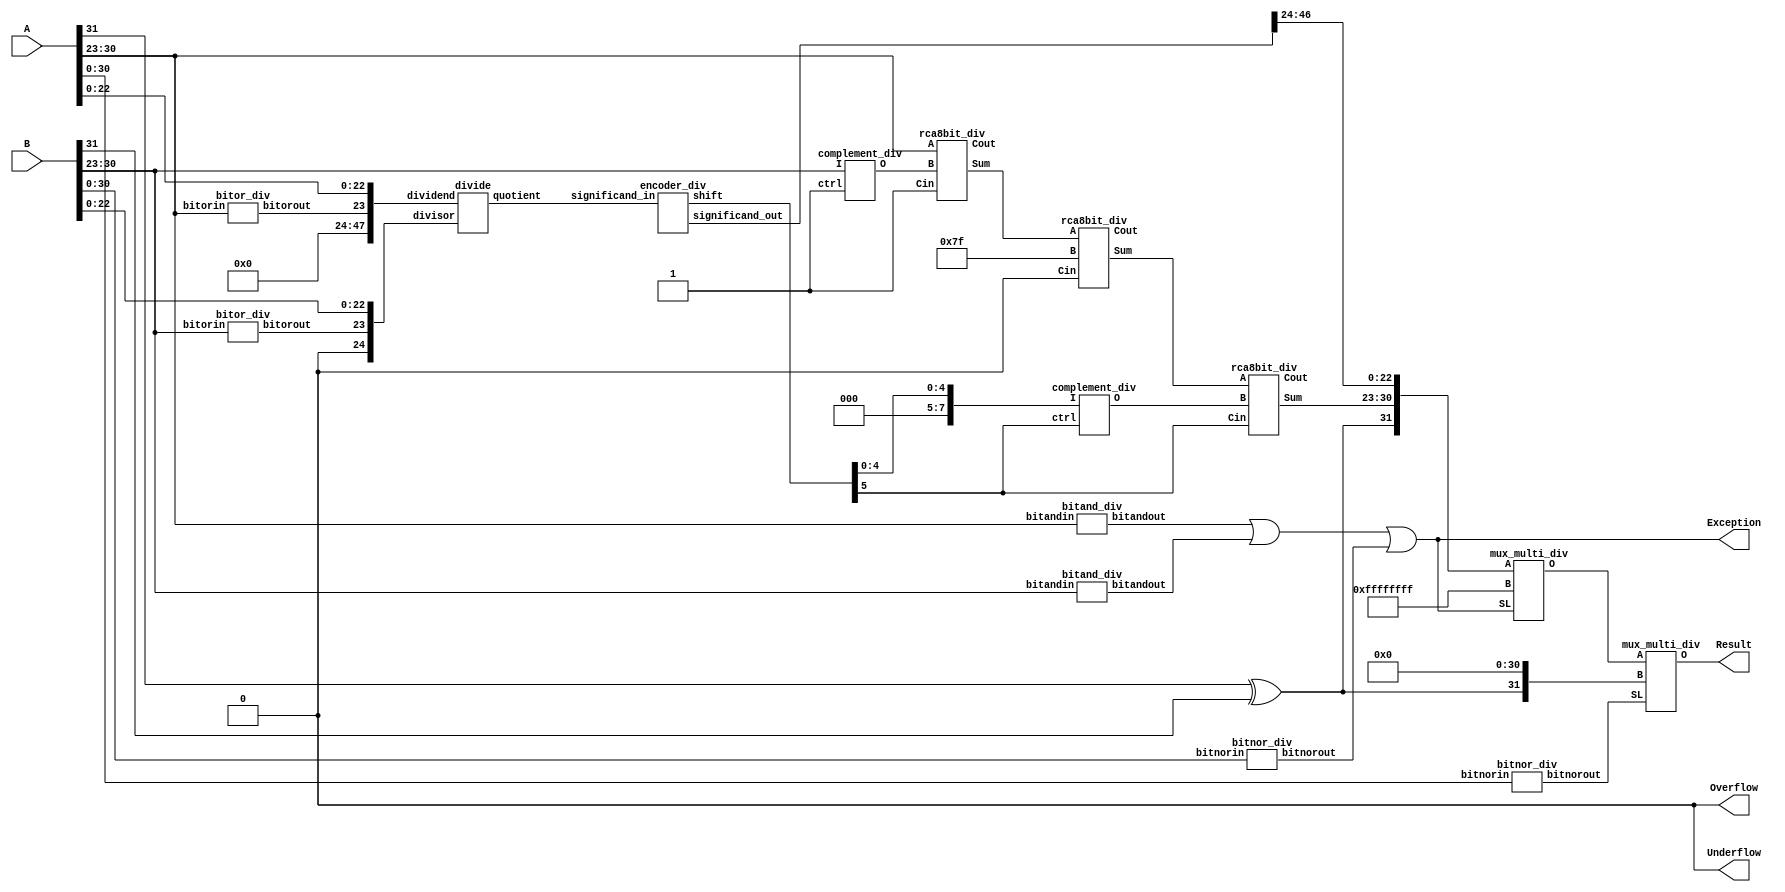
`timescale 1ns / 1ps
//////////////////////////////////////////////////////////////////////////////////
// Company: 
// Engineer: 
// 
// Design Name: 
// Module Name:    div 
// Project Name: 
// Target Devices: 
// Tool versions: 
// Description: 
//
// Dependencies: 
//
// Revision: 
// Revision 0.01 - File Created
// Additional Comments: 
//
//////////////////////////////////////////////////////////////////////////////////

module div(
		input [31:0] A,
		input [31:0] B,
		output Exception,
		output Overflow,
		output Underflow,
		output [31:0] Result
		);
wire result_sign,expo_sign,expo_sign_comp,inc_dec_expo,temp_expo_sign,temp_expo_sign_comp;
wire [7:0]res_expo;
wire [7:0] comp_expo_B,diff,temp_expo,temp_expo_comp,final_res_expo;
wire [4:0]change_expo;
wire [7:0]change_expo_comp;
wire [47:0] div_quotient,div_qoutient_normalised; //48 Bits

not(Overflow,1'b1);
not(Underflow,1'b1);
// Result sign will be xor of sign bit of operands
xor (result_sign,A[31],B[31]);

// Subtracting exponents and adding BIAS
complement_div C01(.I(B[30:23]), .ctrl(1'b1), .O(comp_expo_B[7:0]));
rca8bit_div    C02(.A(A[30:23]), .B(comp_expo_B[7:0]), .Cin(1'b1), .Sum(diff[7:0]), .Cout(expo_sign));
not(expo_sign_comp,expo_sign);
rca8bit_div    C03(.A(diff[7:0]), .B(8'b01111111), .Cin(1'b0), .Sum(res_expo[7:0]), .Cout());

//Exception flag sets 1 if either one of the exponent is 255 or  B is 0.
wire bitandA,bitandB,bitnorB,zero;
bitand_div C04(.bitandin(A[30:23]),.bitandout(bitandA));
bitand_div C05(.bitandin(B[30:23]),.bitandout(bitandB));
bitnor_div C06(.bitnorin(A[30:0]), .bitnorout(zero)   );
bitnor_div C07(.bitnorin(B[30:0]), .bitnorout(bitnorB));
or(Exception,bitandA,bitandB,bitnorB);

//If exponent is equal to zero then hidden bit/implied bit will be 0 for that respective significand else it will be 1
wire bitorA,bitorB;
bitor_div  C08(.bitorin(A[30:23]),.bitorout(bitorA));
bitor_div  C09(.bitorin(B[30:23]),.bitorout(bitorB));

// Calculating DIVISION ***************************************************************************************************************
// Add divisord no. of zeros in front of dividend and add one zero in front of divisor
divide C10(.dividend({24'd0,bitorA,A[22:0]}), .divisor({1'b0,bitorB,B[22:0]}), .quotient(div_quotient[47:0]));
// Shifting of quotient for implied bit
encoder_div C11(.significand_in(div_quotient[47:0]), .shift({inc_dec_expo,change_expo[4:0]}), .significand_out(div_qoutient_normalised[47:0]));
// Add or subtract the shift from exponent to get Result exponent
complement_div C12(.I({3'd0,change_expo[4:0]}), .ctrl(inc_dec_expo), .O(change_expo_comp[7:0]));
rca8bit_div    C13(.A(res_expo[7:0]), .B(change_expo_comp[7:0]), .Cin(inc_dec_expo), .Sum(final_res_expo[7:0]), .Cout(temp_expo_sign));

//not(temp_expo_sign_comp,temp_expo_sign);
//complement C14(.I(temp_expo[7:0]), .ctrl(temp_expo_sign_comp), .O(temp_expo_comp[7:0]));
//rca8bit    C15(.A(temp_expo_comp[7:0]), .B(8'd0), .Cin(temp_expo_sign_comp), .Sum(final_res_expo[7:0]), .Cout());

// Multiplexer to choose specific outputs for specific conditions
wire [31:0]ripple_result_1;
mux_multi_div C16( .A({result_sign,final_res_expo[7:0],div_qoutient_normalised[46:24]}), .B(32'hFFFFFFFF),       .SL(Exception),    .O(ripple_result_1[31:0]));
mux_multi_div C17( .A(ripple_result_1[31:0]),                 .B({result_sign,31'd0}), .SL(zero),         .O(Result[31:0]));

endmodule

// division module
module  divide(
	input [47:0]dividend,
	input [24:0]divisor,
	output [47:0]quotient
	 );
wire [23:0]next01,next02,next03,next04,next05,next06,next07,next08,next09,next10,next11,next12,next13,next14,next15,next16,next17,next18,next19,next20,next21,next22,next23,next24;
wire [23:0]next25,next26,next27,next28,next29,next30,next31,next32,next33,next34,next35,next36,next37,next38,next39,next40,next41,next42,next43,next44,next45,next46,next47;
	// take 25 bits from dividend, try to subtract divisor (using 2's complement)
        // if carry is zero => unable to subtract and quotient is 0
	// if carry is 1 => subtracted successfully and quotient is 1
        // in next step move one bit forward do the same thing again and again
procedure P01(.dividend_part(dividend[47:23]),             .divisor_part(divisor[24:0]), .sub_part(next01[23:0]), .q(quotient[47]));
procedure P02(.dividend_part({next01[23:0],dividend[22]}), .divisor_part(divisor[24:0]), .sub_part(next02[23:0]), .q(quotient[46]));
procedure P03(.dividend_part({next02[23:0],dividend[21]}), .divisor_part(divisor[24:0]), .sub_part(next03[23:0]), .q(quotient[45]));
procedure P04(.dividend_part({next03[23:0],dividend[20]}), .divisor_part(divisor[24:0]), .sub_part(next04[23:0]), .q(quotient[44]));
procedure P05(.dividend_part({next04[23:0],dividend[19]}), .divisor_part(divisor[24:0]), .sub_part(next05[23:0]), .q(quotient[43]));
procedure P06(.dividend_part({next05[23:0],dividend[18]}), .divisor_part(divisor[24:0]), .sub_part(next06[23:0]), .q(quotient[42]));
procedure P07(.dividend_part({next06[23:0],dividend[17]}), .divisor_part(divisor[24:0]), .sub_part(next07[23:0]), .q(quotient[41]));
procedure P08(.dividend_part({next07[23:0],dividend[16]}), .divisor_part(divisor[24:0]), .sub_part(next08[23:0]), .q(quotient[40]));
procedure P09(.dividend_part({next08[23:0],dividend[15]}), .divisor_part(divisor[24:0]), .sub_part(next09[23:0]), .q(quotient[39]));
procedure P10(.dividend_part({next09[23:0],dividend[14]}), .divisor_part(divisor[24:0]), .sub_part(next10[23:0]), .q(quotient[38]));
procedure P11(.dividend_part({next10[23:0],dividend[13]}), .divisor_part(divisor[24:0]), .sub_part(next11[23:0]), .q(quotient[37]));
procedure P12(.dividend_part({next11[23:0],dividend[12]}), .divisor_part(divisor[24:0]), .sub_part(next12[23:0]), .q(quotient[36]));
procedure P13(.dividend_part({next12[23:0],dividend[11]}), .divisor_part(divisor[24:0]), .sub_part(next13[23:0]), .q(quotient[35]));
procedure P14(.dividend_part({next13[23:0],dividend[10]}), .divisor_part(divisor[24:0]), .sub_part(next14[23:0]), .q(quotient[34]));
procedure P15(.dividend_part({next14[23:0],dividend[9]}),  .divisor_part(divisor[24:0]), .sub_part(next15[23:0]), .q(quotient[33]));
procedure P16(.dividend_part({next15[23:0],dividend[8]}),  .divisor_part(divisor[24:0]), .sub_part(next16[23:0]), .q(quotient[32]));
procedure P17(.dividend_part({next16[23:0],dividend[7]}),  .divisor_part(divisor[24:0]), .sub_part(next17[23:0]), .q(quotient[31]));
procedure P18(.dividend_part({next17[23:0],dividend[6]}),  .divisor_part(divisor[24:0]), .sub_part(next18[23:0]), .q(quotient[30]));
procedure P19(.dividend_part({next18[23:0],dividend[5]}),  .divisor_part(divisor[24:0]), .sub_part(next19[23:0]), .q(quotient[29]));
procedure P20(.dividend_part({next19[23:0],dividend[4]}),  .divisor_part(divisor[24:0]), .sub_part(next20[23:0]), .q(quotient[28]));
procedure P21(.dividend_part({next20[23:0],dividend[3]}),  .divisor_part(divisor[24:0]), .sub_part(next21[23:0]), .q(quotient[27]));
procedure P22(.dividend_part({next21[23:0],dividend[2]}),  .divisor_part(divisor[24:0]), .sub_part(next22[23:0]), .q(quotient[26]));
procedure P23(.dividend_part({next22[23:0],dividend[1]}),  .divisor_part(divisor[24:0]), .sub_part(next23[23:0]), .q(quotient[25]));
procedure P24(.dividend_part({next23[23:0],dividend[0]}),  .divisor_part(divisor[24:0]), .sub_part(next24[23:0]), .q(quotient[24]));
// decimal point position
procedure P25(.dividend_part({next24[23:0],1'b0}),         .divisor_part(divisor[24:0]), .sub_part(next25[23:0]), .q(quotient[23]));
procedure P26(.dividend_part({next25[23:0],1'b0}),         .divisor_part(divisor[24:0]), .sub_part(next26[23:0]), .q(quotient[22]));
procedure P27(.dividend_part({next26[23:0],1'b0}),         .divisor_part(divisor[24:0]), .sub_part(next27[23:0]), .q(quotient[21]));
procedure P28(.dividend_part({next27[23:0],1'b0}),         .divisor_part(divisor[24:0]), .sub_part(next28[23:0]), .q(quotient[20]));
procedure P29(.dividend_part({next28[23:0],1'b0}),         .divisor_part(divisor[24:0]), .sub_part(next29[23:0]), .q(quotient[19]));
procedure P30(.dividend_part({next29[23:0],1'b0}),         .divisor_part(divisor[24:0]), .sub_part(next30[23:0]), .q(quotient[18]));
procedure P31(.dividend_part({next30[23:0],1'b0}),         .divisor_part(divisor[24:0]), .sub_part(next31[23:0]), .q(quotient[17]));
procedure P32(.dividend_part({next31[23:0],1'b0}),         .divisor_part(divisor[24:0]), .sub_part(next32[23:0]), .q(quotient[16]));
procedure P33(.dividend_part({next32[23:0],1'b0}),         .divisor_part(divisor[24:0]), .sub_part(next33[23:0]), .q(quotient[15]));
procedure P34(.dividend_part({next33[23:0],1'b0}),         .divisor_part(divisor[24:0]), .sub_part(next34[23:0]), .q(quotient[14]));
procedure P35(.dividend_part({next34[23:0],1'b0}),         .divisor_part(divisor[24:0]), .sub_part(next35[23:0]), .q(quotient[13]));
procedure P36(.dividend_part({next35[23:0],1'b0}),         .divisor_part(divisor[24:0]), .sub_part(next36[23:0]), .q(quotient[12]));
procedure P37(.dividend_part({next36[23:0],1'b0}),         .divisor_part(divisor[24:0]), .sub_part(next37[23:0]), .q(quotient[11]));
procedure P38(.dividend_part({next37[23:0],1'b0}),         .divisor_part(divisor[24:0]), .sub_part(next38[23:0]), .q(quotient[10]));
procedure P39(.dividend_part({next38[23:0],1'b0}),         .divisor_part(divisor[24:0]), .sub_part(next39[23:0]), .q(quotient[9]) );
procedure P40(.dividend_part({next39[23:0],1'b0}),         .divisor_part(divisor[24:0]), .sub_part(next40[23:0]), .q(quotient[8]) );
procedure P41(.dividend_part({next40[23:0],1'b0}),         .divisor_part(divisor[24:0]), .sub_part(next41[23:0]), .q(quotient[7]) );
procedure P42(.dividend_part({next41[23:0],1'b0}),         .divisor_part(divisor[24:0]), .sub_part(next42[23:0]), .q(quotient[6]) );
procedure P43(.dividend_part({next42[23:0],1'b0}),         .divisor_part(divisor[24:0]), .sub_part(next43[23:0]), .q(quotient[5]) );
procedure P44(.dividend_part({next43[23:0],1'b0}),         .divisor_part(divisor[24:0]), .sub_part(next44[23:0]), .q(quotient[4]) );
procedure P45(.dividend_part({next44[23:0],1'b0}),         .divisor_part(divisor[24:0]), .sub_part(next45[23:0]), .q(quotient[3]) );
procedure P46(.dividend_part({next45[23:0],1'b0}),         .divisor_part(divisor[24:0]), .sub_part(next46[23:0]), .q(quotient[2]) );
procedure P47(.dividend_part({next46[23:0],1'b0}),         .divisor_part(divisor[24:0]), .sub_part(next47[23:0]), .q(quotient[1]) );
procedure P48(.dividend_part({next47[23:0],1'b0}),         .divisor_part(divisor[24:0]), .sub_part(            ), .q(quotient[0]) );

endmodule //divide

module procedure(
	input [24:0]dividend_part,
	input [24:0]divisor_part,
	output [23:0]sub_part, // subtraction dividend_part - divisor_part
	output q
	 );
wire [24:0]comp_division_part,difference;
wire [7:0]no_use;
// we have to subtract the divisor from dividend part using 25bit adder
// Here we are using 2's complement method for subtraction so
// if carry is zero, means unable to subtract and unable to divide, hence give zero to quotient
// if carry is zero, means subtraction result is positive and hence add give to quotient
complement_div  comp1     (.I(divisor_part[24:17]), .ctrl(1'b1), .O(comp_division_part[24:17]));
complement_div  comp2     (.I(divisor_part[16:9]),  .ctrl(1'b1), .O(comp_division_part[16:9]) );
complement_div  comp3     (.I(divisor_part[8:1]),   .ctrl(1'b1), .O(comp_division_part[8:1])  );
not(comp_division_part[0],divisor_part[0]);

rca25bit    rca251    (.A(dividend_part[24:0]), .B(comp_division_part[24:0]), .Cin(1'b1), .Sum(difference[24:0]), .Cout(q));
mux_multi_div   multi_mux (.A({8'd0,dividend_part[23:0]}), .B({8'd0,difference[23:0]}), .SL(q), .O({no_use[7:0],sub_part[23:0]}));
endmodule //procedure

// encoder module is used for shifting purpose
module encoder_div(
     input  [47:0]significand_in,
     output reg [5:0]shift, // 6th bit is for sign, whether left shift or right shift
     output reg [47:0]significand_out
     );

always @(significand_in)
begin
	casex (significand_in)

	 //         6         5         4        .3         2         1
         //         8765 4321 8765 4321 8765 4321 8765 4321 8765 4321 8765 4321 
		48'b1xxx_xxxx_xxxx_xxxx_xxxx_xxxx_xxxx_xxxx_xxxx_xxxx_xxxx_xxxx : 
		begin
			significand_out = significand_in << 0;
			shift = 6'b010111; // right shift and hence added to exponent
		end
		48'b01xx_xxxx_xxxx_xxxx_xxxx_xxxx_xxxx_xxxx_xxxx_xxxx_xxxx_xxxx : 
		begin
			significand_out = significand_in << 1;
			shift = 6'b010110;
		end
		48'b001x_xxxx_xxxx_xxxx_xxxx_xxxx_xxxx_xxxx_xxxx_xxxx_xxxx_xxxx : 
		begin
			significand_out = significand_in << 2;
			shift = 6'b010101;
		end
		48'b0001_xxxx_xxxx_xxxx_xxxx_xxxx_xxxx_xxxx_xxxx_xxxx_xxxx_xxxx : 
		begin
			significand_out = significand_in << 3;
			shift = 6'b010100;
		end
		48'b0000_1xxx_xxxx_xxxx_xxxx_xxxx_xxxx_xxxx_xxxx_xxxx_xxxx_xxxx : 
		begin
			significand_out = significand_in << 4;
			shift = 6'b010011;
		end
		48'b0000_01xx_xxxx_xxxx_xxxx_xxxx_xxxx_xxxx_xxxx_xxxx_xxxx_xxxx : 
		begin
			significand_out = significand_in << 5;
			shift = 6'b010010;
		end
		48'b0000_001x_xxxx_xxxx_xxxx_xxxx_xxxx_xxxx_xxxx_xxxx_xxxx_xxxx : 
		begin
			significand_out = significand_in << 6;
			shift = 6'b010001;
		end
		48'b0000_0001_xxxx_xxxx_xxxx_xxxx_xxxx_xxxx_xxxx_xxxx_xxxx_xxxx : 
		begin
			significand_out = significand_in << 7;
			shift = 6'b010000;
		end
		48'b0000_0000_1xxx_xxxx_xxxx_xxxx_xxxx_xxxx_xxxx_xxxx_xxxx_xxxx : 
		begin
			significand_out = significand_in << 8;
			shift = 6'b001111;
		end
		48'b0000_0000_01xx_xxxx_xxxx_xxxx_xxxx_xxxx_xxxx_xxxx_xxxx_xxxx : 
		begin
			significand_out = significand_in << 9;
			shift = 6'b001110;
		end
		48'b0000_0000_001x_xxxx_xxxx_xxxx_xxxx_xxxx_xxxx_xxxx_xxxx_xxxx : 
		begin
			significand_out = significand_in << 10;
			shift = 6'b001101;
		end
		48'b0000_0000_0001_xxxx_xxxx_xxxx_xxxx_xxxx_xxxx_xxxx_xxxx_xxxx : 
		begin
			significand_out = significand_in << 11;
			shift = 6'b001100;
		end
		48'b0000_0000_0000_1xxx_xxxx_xxxx_xxxx_xxxx_xxxx_xxxx_xxxx_xxxx : 
		begin
			significand_out = significand_in << 12;
			shift = 6'b001011;
		end
		48'b0000_0000_0000_01xx_xxxx_xxxx_xxxx_xxxx_xxxx_xxxx_xxxx_xxxx : 
		begin
			significand_out = significand_in << 13;
			shift = 6'b001010;
		end
		48'b0000_0000_0000_001x_xxxx_xxxx_xxxx_xxxx_xxxx_xxxx_xxxx_xxxx : 
		begin
			significand_out = significand_in << 14;
			shift = 6'b001001;
		end
		48'b0000_0000_0000_0001_xxxx_xxxx_xxxx_xxxx_xxxx_xxxx_xxxx_xxxx : 
		begin
			significand_out = significand_in << 15;
			shift = 6'b001000;
		end
		48'b0000_0000_0000_0000_1xxx_xxxx_xxxx_xxxx_xxxx_xxxx_xxxx_xxxx : 
		begin
			significand_out = significand_in << 16;
			shift = 6'b000111;
		end
		48'b0000_0000_0000_0000_01xx_xxxx_xxxx_xxxx_xxxx_xxxx_xxxx_xxxx : 
		begin
			significand_out = significand_in << 17;
			shift = 6'b000110;
		end
		48'b0000_0000_0000_0000_001x_xxxx_xxxx_xxxx_xxxx_xxxx_xxxx_xxxx : 
		begin
			significand_out = significand_in << 18;
			shift = 6'b000101;
		end
		48'b0000_0000_0000_0000_0001_xxxx_xxxx_xxxx_xxxx_xxxx_xxxx_xxxx : 
		begin
			significand_out = significand_in << 19;
			shift = 6'b000100;
		end
		48'b0000_0000_0000_0000_0000_1xxx_xxxx_xxxx_xxxx_xxxx_xxxx_xxxx : 
		begin
			significand_out = significand_in << 20;
			shift = 6'b000011;
		end
		48'b0000_0000_0000_0000_0000_01xx_xxxx_xxxx_xxxx_xxxx_xxxx_xxxx : 
		begin
			significand_out = significand_in << 21;
			shift = 6'b000010;
		end
		48'b0000_0000_0000_0000_0000_001x_xxxx_xxxx_xxxx_xxxx_xxxx_xxxx : 
		begin
			significand_out = significand_in << 22;
			shift = 6'b000001;
		end
		48'b0000_0000_0000_0000_0000_0001_xxxx_xxxx_xxxx_xxxx_xxxx_xxxx : 
		begin
			significand_out = significand_in << 23;
			shift = 6'b000000;
		end
		48'b0000_0000_0000_0000_0000_0000_1xxx_xxxx_xxxx_xxxx_xxxx_xxxx : 
		begin
			significand_out = significand_in << 24;
			shift = 6'b100001; // Left shift and hence subtracted from exponent
		end
		48'b0000_0000_0000_0000_0000_0000_01xx_xxxx_xxxx_xxxx_xxxx_xxxx : 
		begin
			significand_out = significand_in << 25;
			shift = 6'b100010;
		end
		48'b0000_0000_0000_0000_0000_0000_001x_xxxx_xxxx_xxxx_xxxx_xxxx : 
		begin
			significand_out = significand_in << 26;
			shift = 6'b100011;
		end
		48'b0000_0000_0000_0000_0000_0000_0001_xxxx_xxxx_xxxx_xxxx_xxxx : 
		begin
			significand_out = significand_in << 27;
			shift = 6'b100100;
		end
		48'b0000_0000_0000_0000_0000_0000_0000_1xxx_xxxx_xxxx_xxxx_xxxx : 
		begin
			significand_out = significand_in << 28;
			shift = 6'b100101;
		end
		48'b0000_0000_0000_0000_0000_0000_0000_01xx_xxxx_xxxx_xxxx_xxxx : 
		begin
			significand_out = significand_in << 29;
			shift = 6'b100110;
		end
		48'b0000_0000_0000_0000_0000_0000_0000_001x_xxxx_xxxx_xxxx_xxxx : 
		begin
			significand_out = significand_in << 30;
			shift = 6'b100111;
		end
		48'b0000_0000_0000_0000_0000_0000_0000_0001_xxxx_xxxx_xxxx_xxxx : 
		begin
			significand_out = significand_in << 31;
			shift = 6'b101000;
		end
		48'b0000_0000_0000_0000_0000_0000_0000_0000_1xxx_xxxx_xxxx_xxxx : 
		begin
			significand_out = significand_in << 32;
			shift = 6'b101001;
		end
		48'b0000_0000_0000_0000_0000_0000_0000_0000_01xx_xxxx_xxxx_xxxx : 
		begin
			significand_out = significand_in << 33;
			shift = 6'b101010;
		end
		48'b0000_0000_0000_0000_0000_0000_0000_0000_001x_xxxx_xxxx_xxxx : 
		begin
			significand_out = significand_in << 34;
			shift = 6'b101011;
		end
		48'b0000_0000_0000_0000_0000_0000_0000_0000_0001_xxxx_xxxx_xxxx : 
		begin
			significand_out = significand_in << 35;
			shift = 6'b101100;
		end
		48'b0000_0000_0000_0000_0000_0000_0000_0000_0000_1xxx_xxxx_xxxx : 
		begin
			significand_out = significand_in << 36;
			shift = 6'b101101;
		end
		48'b0000_0000_0000_0000_0000_0000_0000_0000_0000_01xx_xxxx_xxxx : 
		begin
			significand_out = significand_in << 37;
			shift = 6'b101110;
		end
		48'b0000_0000_0000_0000_0000_0000_0000_0000_0000_001x_xxxx_xxxx : 
		begin
			significand_out = significand_in << 38;
			shift = 6'b101111;
		end
		48'b0000_0000_0000_0000_0000_0000_0000_0000_0000_0001_xxxx_xxxx : 
		begin
			significand_out = significand_in << 39;
			shift = 6'b110000;
		end
		48'b0000_0000_0000_0000_0000_0000_0000_0000_0000_0000_1xxx_xxxx : 
		begin
			significand_out = significand_in << 40;
			shift = 6'b110001;
		end
		48'b0000_0000_0000_0000_0000_0000_0000_0000_0000_0000_01xx_xxxx : 
		begin
			significand_out = significand_in << 41;
			shift = 6'b110010;
		end
		48'b0000_0000_0000_0000_0000_0000_0000_0000_0000_0000_001x_xxxx : 
		begin
			significand_out = significand_in << 42;
			shift = 6'b110011;
		end
		48'b0000_0000_0000_0000_0000_0000_0000_0000_0000_0000_0001_xxxx : 
		begin
			significand_out = significand_in << 43;
			shift = 6'b110100;
		end
		48'b0000_0000_0000_0000_0000_0000_0000_0000_0000_0000_0000_1xxx : 
		begin
			significand_out = significand_in << 44;
			shift = 6'b110101;
		end
		48'b0000_0000_0000_0000_0000_0000_0000_0000_0000_0000_0000_01xx : 
		begin
			significand_out = significand_in << 45;
			shift = 6'b110110;
		end
		48'b0000_0000_0000_0000_0000_0000_0000_0000_0000_0000_0000_001x : 
		begin
			significand_out = significand_in << 46;
			shift = 6'b110111;
		end
		48'b0000_0000_0000_0000_0000_0000_0000_0000_0000_0000_0000_0001 : 
		begin
			significand_out = significand_in << 47;
			shift = 6'b111000;
		end
	endcase
end

endmodule

// new_module_name_div

module bitand_div(
	 input [7:0]bitandin,
	 output bitandout
	 );
and(bitandout,bitandin[7],bitandin[6],bitandin[5],bitandin[4],bitandin[3],bitandin[2],bitandin[1],bitandin[0]);
endmodule

module bitnor_div(
	 input [30:0]bitnorin,
	 output bitnorout
	 );
nor(bitnorout,bitnorin[30],bitnorin[29],bitnorin[28],bitnorin[27],bitnorin[26],bitnorin[25],bitnorin[24],bitnorin[23],bitnorin[22],bitnorin[21],bitnorin[20],bitnorin[19],bitnorin[18],bitnorin[17],bitnorin[16],bitnorin[15],bitnorin[14],bitnorin[13],bitnorin[12],bitnorin[11],bitnorin[10],bitnorin[9],bitnorin[8],bitnorin[7],bitnorin[6],bitnorin[5],bitnorin[4],bitnorin[3],bitnorin[2],bitnorin[1],bitnorin[0]);
endmodule

module bitor_div(
	 input [7:0]bitorin,
	 output bitorout
	 );
or(bitorout,bitorin[7],bitorin[6],bitorin[5],bitorin[4],bitorin[3],bitorin[2],bitorin[1],bitorin[0]);
endmodule

module complement_div(
	 input [7:0]I,
	 input ctrl,
	 output [7:0]O
	 );
xor(O[7], ctrl, I[7]);
xor(O[6], ctrl, I[6]);
xor(O[5], ctrl, I[5]);
xor(O[4], ctrl, I[4]);
xor(O[3], ctrl, I[3]);
xor(O[2], ctrl, I[2]);
xor(O[1], ctrl, I[1]);
xor(O[0], ctrl, I[0]);

endmodule

module rca25bit(
	 input [24:0]A,
	 input [24:0]B,
	 input Cin,
	 output [24:0]Sum,
	 output Cout
	 );
rca8bit_div        adder81   (.A(A[7:0]),   .B(B[7:0]),   .Cin(Cin),      .Sum(Sum[7:0]),   .Cout(ripple1));
rca8bit_div        adder82   (.A(A[15:8]),  .B(B[15:8]),  .Cin(ripple1),  .Sum(Sum[15:8]),  .Cout(ripple2));
rca8bit_div        adder83   (.A(A[23:16]), .B(B[23:16]), .Cin(ripple2),  .Sum(Sum[23:16]), .Cout(ripple3));
adder_full_div     adder41(.a(A[24]),    .b(B[24]),    .cin(ripple3),  .sum(Sum[24]),    .carry(Cout));
endmodule

module rca8bit_div(
    input [7:0] A,
    input [7:0] B,
	 input Cin,
	 output [7:0] Sum,
	 output Cout
    );

adder4_div F0( .a(A[3:0]),  .b(B[3:0]),  .cin(Cin),      .sum(Sum[3:0]),  .carry(ripple));
adder4_div F1( .a(A[7:4]),  .b(B[7:4]),  .cin(ripple),   .sum(Sum[7:4]),  .carry(Cout));
endmodule

module adder4_div(
	 input [3:0]a,
	 input [3:0]b,
	 input cin,
	 output [3:0]sum,
	 output carry
	 );
wire w1,w2,w3;
adder_full_div G0(.a(a[0]),  .b(b[0]),  .cin(cin),  .sum(sum[0]),  .carry(w1));
adder_full_div G1(.a(a[1]),  .b(b[1]),  .cin(w1),   .sum(sum[1]),  .carry(w2));
adder_full_div G2(.a(a[2]),  .b(b[2]),  .cin(w2),   .sum(sum[2]),  .carry(w3));
adder_full_div G3(.a(a[3]),  .b(b[3]),  .cin(w3),   .sum(sum[3]),  .carry(carry));
endmodule

module adder_full_div(
	 input a,
	 input b,
	 input cin,
	 output sum,
	 output carry
	 );
wire w1,w2,w3;
adder_half_div H0(.a(a),    .b(b),    .sum(w1),   .carry(w2));
adder_half_div H1(.a(w1),   .b(cin),  .sum(sum),  .carry(w3));
or(carry,w2,w3);
endmodule

module adder_half_div(
	 input a,
	 input b,
	 output sum,
	 output carry
	 );
xor(sum,a,b);
and(carry,a,b);
endmodule

module mux_multi_div(
	 input [31:0]A,
	 input [31:0]B,
	 input SL,
	 output [31:0]O
	 );
mux_div M01 (.fi(A[31]),.si(B[31]),.SL(SL),.Y(O[31]));
mux_div M02 (.fi(A[30]),.si(B[30]),.SL(SL),.Y(O[30]));
mux_div M03 (.fi(A[29]),.si(B[29]),.SL(SL),.Y(O[29]));
mux_div M04 (.fi(A[28]),.si(B[28]),.SL(SL),.Y(O[28]));
mux_div M05 (.fi(A[27]),.si(B[27]),.SL(SL),.Y(O[27]));
mux_div M06 (.fi(A[26]),.si(B[26]),.SL(SL),.Y(O[26]));
mux_div M07 (.fi(A[25]),.si(B[25]),.SL(SL),.Y(O[25]));
mux_div M08 (.fi(A[24]),.si(B[24]),.SL(SL),.Y(O[24]));
mux_div M09 (.fi(A[23]),.si(B[23]),.SL(SL),.Y(O[23]));
mux_div M10 (.fi(A[22]),.si(B[22]),.SL(SL),.Y(O[22]));
mux_div M11 (.fi(A[21]),.si(B[21]),.SL(SL),.Y(O[21]));
mux_div M12 (.fi(A[20]),.si(B[20]),.SL(SL),.Y(O[20]));
mux_div M13 (.fi(A[19]),.si(B[19]),.SL(SL),.Y(O[19]));
mux_div M14 (.fi(A[18]),.si(B[18]),.SL(SL),.Y(O[18]));
mux_div M15 (.fi(A[17]),.si(B[17]),.SL(SL),.Y(O[17]));
mux_div M16 (.fi(A[16]),.si(B[16]),.SL(SL),.Y(O[16]));
mux_div M17 (.fi(A[15]),.si(B[15]),.SL(SL),.Y(O[15]));
mux_div M18 (.fi(A[14]),.si(B[14]),.SL(SL),.Y(O[14]));
mux_div M19 (.fi(A[13]),.si(B[13]),.SL(SL),.Y(O[13]));
mux_div M20 (.fi(A[12]),.si(B[12]),.SL(SL),.Y(O[12]));
mux_div M21 (.fi(A[11]),.si(B[11]),.SL(SL),.Y(O[11]));
mux_div M22 (.fi(A[10]),.si(B[10]),.SL(SL),.Y(O[10]));
mux_div M23 (.fi(A[9]) ,.si(B[9]) ,.SL(SL),.Y(O[9]) );
mux_div M24 (.fi(A[8]) ,.si(B[8]) ,.SL(SL),.Y(O[8]) );
mux_div M25 (.fi(A[7]) ,.si(B[7]) ,.SL(SL),.Y(O[7]) );
mux_div M26 (.fi(A[6]) ,.si(B[6]) ,.SL(SL),.Y(O[6]) );
mux_div M27 (.fi(A[5]) ,.si(B[5]) ,.SL(SL),.Y(O[5]) );
mux_div M28 (.fi(A[4]) ,.si(B[4]) ,.SL(SL),.Y(O[4]) );
mux_div M29 (.fi(A[3]) ,.si(B[3]) ,.SL(SL),.Y(O[3]) );
mux_div M30 (.fi(A[2]) ,.si(B[2]) ,.SL(SL),.Y(O[2]) );
mux_div M31 (.fi(A[1]) ,.si(B[1]) ,.SL(SL),.Y(O[1]) );
mux_div M32 (.fi(A[0]) ,.si(B[0]) ,.SL(SL),.Y(O[0]) );
	 
endmodule

module mux_div(
	 input fi,
	 input si,
	 input SL,
	 output Y
	 );
wire invSL,and1,and2,or1;
and(and1,SL,si);
not(invSL,SL);
and(and2,invSL,fi);
or(Y,and1,and2);
endmodule